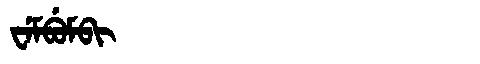
Manchu: ᠸᡝᠮᠪᡠᠮᠪᡳ
Romanization: WEMBUMBI